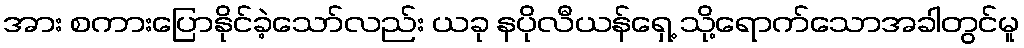
အား စကားပြောနိုင်ခဲ့သော်လည်း ယခု နပိုလီယန်ရှေ့ သို့ရောက်သောအခါတွင်မူ